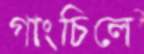
গাংচিলে